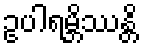
ဥပါရမ္ဘိဿန္တိ